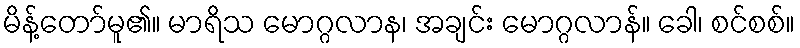
မိန့်တော်မူ၏။ မာရိသ မောဂ္ဂလာန၊ အချင်း မောဂ္ဂလာန်။ ခေါ၊ စင်စစ်။